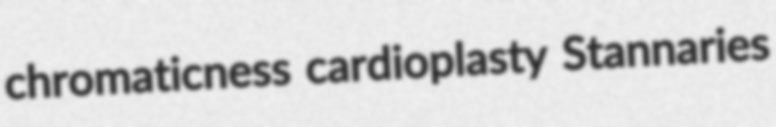
chromaticness cardioplasty Stannaries